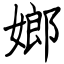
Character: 嫏